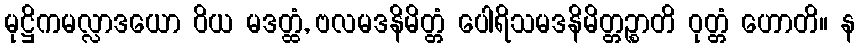
မုဋ္ဌိကမလ္လာဒယော ဝိယ မဒတ္ထံ, ဗလမဒနိမိတ္တံ ပေါရိသမဒနိမိတ္တဉ္စာတိ ဝုတ္တံ ဟောတိ။ န